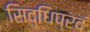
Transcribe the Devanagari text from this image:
सिद्धिप्रदं